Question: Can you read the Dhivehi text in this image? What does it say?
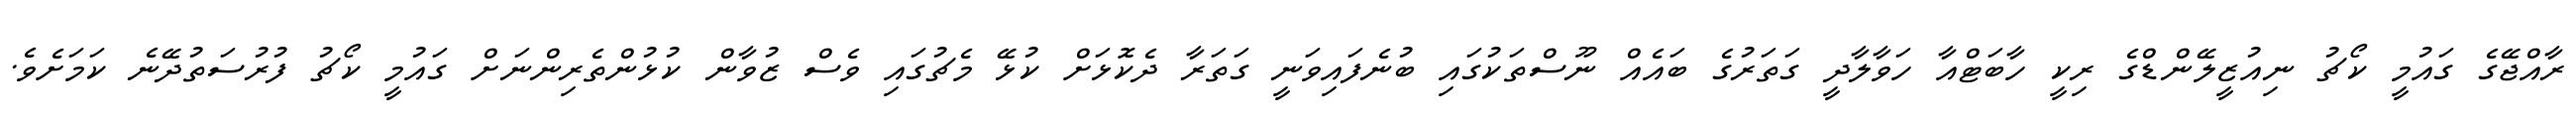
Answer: ރާއްޖޭގެ ގައުމީ ކޯޗު ނިއުޒީލޭންޑްގެ ރިކީ ހާބަޓްއާ ހަވާލާދީ ގަތަރުގެ ބައެއް ނޫސްތަކުގައި ބުނެފައިވަނީ ގަތަރާ ދެކޮޅަށް ކުޅޭ މެޗުގައި ވެސް ޒުވާން ކުޅުންތެރިންނަށް ގައުމީ ކޯޗު ފުރުސަތުދޭނެ ކަމަށެވެ.